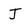
Character: J